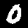
Label: 0